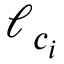
\ell _ { c _ { i } }